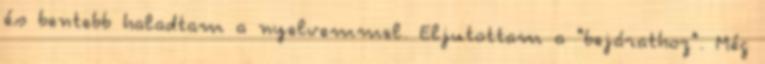
és bentebb haladtam a nyelvemmel. Eljutottam a "bejárathoz". Még